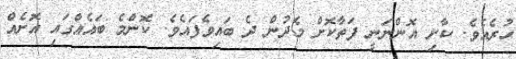
ހުރެއެވެ. ކާށި އޮންނަނީ ފަތާކޮށް މެދުން ދެ ބައިވެފައެވެ. ކޮންމެ ބައެއްގައި އޮށެއް